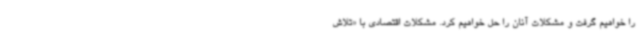
را خواهیم گرفت و مشکلات آنان را حل خواهیم کرد. مشکلات اقتصادی با «تلاش